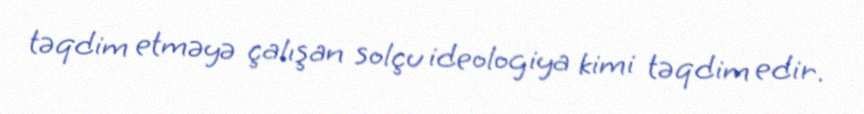
təqdim etməyə çalışan solçu ideologiya kimi təqdim edir.